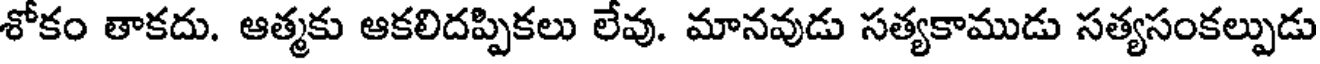
శోకం తాకదు. ఆత్మకు ఆకలిదప్పికలు లేవు. మానవుడు సత్యకాముడు సత్యసంకల్పుడు